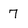
Character: 7